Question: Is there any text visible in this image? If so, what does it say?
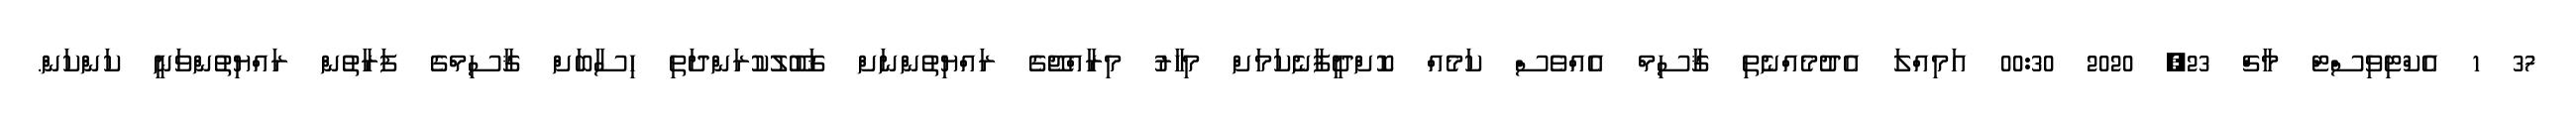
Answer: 37 1 އެކްޓިވިސްޓް މާޗް 23, 2020 00:30 އަމިއްލަ އެދުމެއްނެތި ޤާސިމް އެއްވެސް ކަމެއް ކޮށްދީފާނެކަމަށް މިހާރު މިރާއްޖޭގެ ރައްޔިތުންނަށް ޤަބޫލުކުރަންދަތި ހިސާބަށް ޤާސިމްގެ ފަރާތުން ރައްޔިތުންވަނީ ކަންކަން.